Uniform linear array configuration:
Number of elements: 24
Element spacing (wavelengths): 0.5
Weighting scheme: hann
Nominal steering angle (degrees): -45
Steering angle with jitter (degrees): -44.592
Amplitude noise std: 0.05
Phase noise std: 0.05

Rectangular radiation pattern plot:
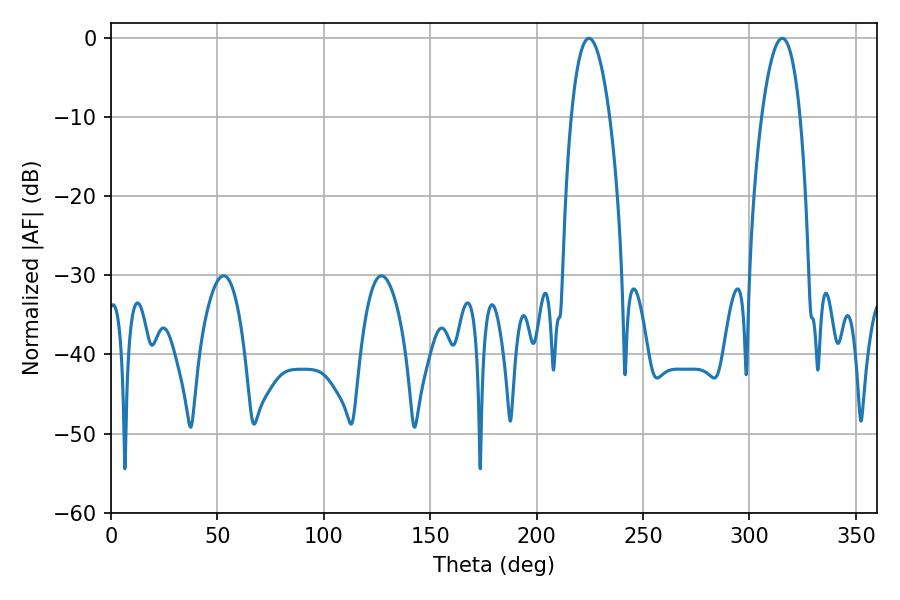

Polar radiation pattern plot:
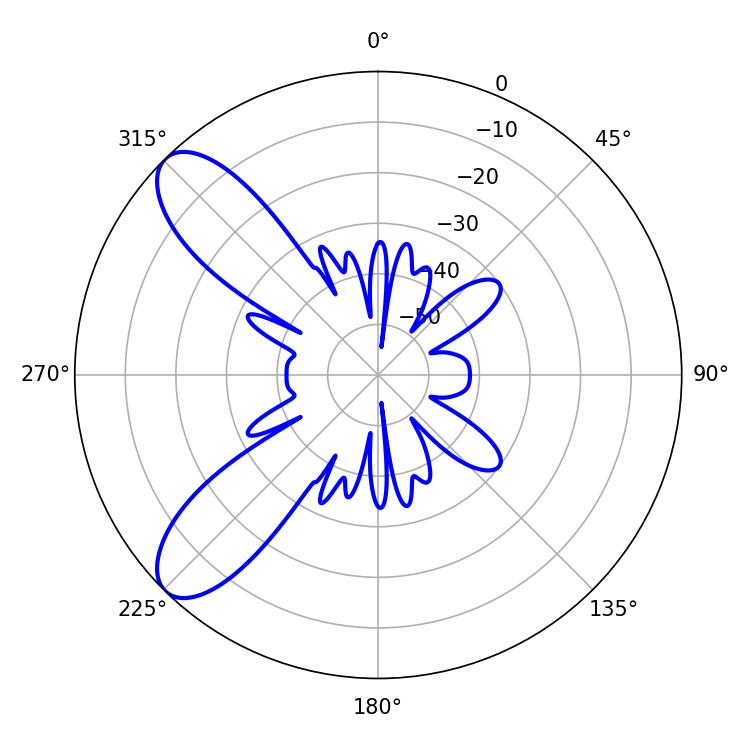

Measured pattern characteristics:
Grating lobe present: FALSE
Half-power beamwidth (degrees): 10.08
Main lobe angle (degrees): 315.36